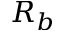
R _ { b }